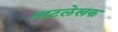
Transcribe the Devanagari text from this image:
नाटलेखक